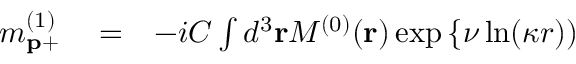
\begin{array} { r l r } { m _ { \mathbf { p } + } ^ { ( 1 ) } } & { { } = } & { - i { \cal C } \int d ^ { 3 } \mathbf { r } { \cal M } ^ { ( 0 ) } ( \mathbf { r } ) \exp \left\{ \nu \ln ( \kappa r ) ) \right. } \end{array}